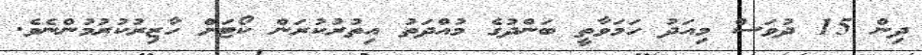
ދިން 15 ދުވަސް މިއަދު ހަމަވާތީ ބަންދުގެ މުއްދަތު އިތުރުކުރަން ކޯޓަށް ހާޒިރުކުރުމުންނެވެ.